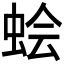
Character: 𫊹